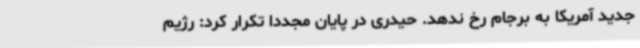
جدید آمریکا به برجام رخ ندهد. حیدری در پایان مجددا تکرار کرد: رژیم